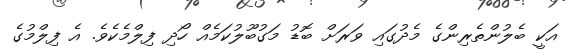
އަކީ ބެލުންތެރިންގެ މެދުގައި ވަރަށް ބޮޑު މަގުބޫލުކަމެއް ހޯދި ފިލްމެކެވެ. އެ ފިލްމުގެ